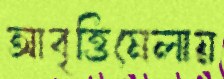
আবৃত্তিমেলায়